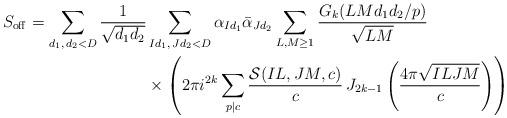
LaTeX: \begin{align*} S_{\mathrm{off}}=\sum_{d_1,\,d_2<D}\frac{1}{\sqrt{d_1d_2}} &\sum_{Id_1, \,Jd_2<D}\alpha_{Id_1}\bar{\alpha}_{Jd_2}\sum_{L, M\geq 1}\frac{G_k(LMd_1d_2\slash p)}{\sqrt{LM}} \\ &\times\left(2 \pi i^{2k} \sum_{p|c}\frac{\mathcal{S}(IL, JM, c )}{c} \,J_{2k-1}\left(\frac{4\pi \sqrt{ILJM}}{c}\right)\right)\end{align*}